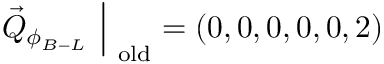
\vec { Q } _ { \phi _ { B - L } } ~ \Big | _ { \mathrm { ~ o l d } } = ( 0 , 0 , 0 , 0 , 0 , 2 )